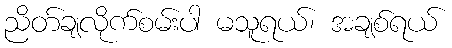
ညိတ်ချလိုက်စမ်းပါ မသူရယ်၊ အချစ်ရယ်